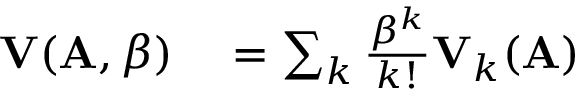
\begin{array} { r l } { \mathbf { V } ( \mathbf { A } , \beta ) } & { { } = \sum _ { k } \frac { \beta ^ { k } } { k ! } \mathbf { V } _ { k } ( \mathbf { A } ) } \end{array}